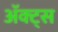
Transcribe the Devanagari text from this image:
ॲक्ट्स